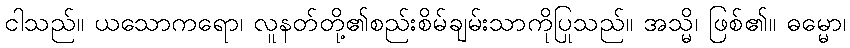
ငါသည်။ ယသောကရော၊ လူနတ်တို့၏စည်းစိမ်ချမ်းသာကိုပြုသည်။ အသ္မိ၊ ဖြစ်၏။ ဓမ္မော၊